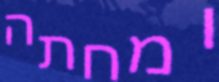
ומחתה